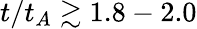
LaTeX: t/t_{A}\gtrsim 1.8-2.0